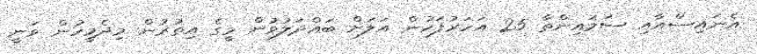
އެނައިސްއާއި ސަމައިންތާ 25 އަހަރުފަހުން އަލަށް ބައްދަލުވުން މީގެ އިތުރުން މިދެމީހުން ވަނީ